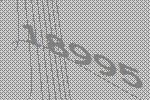
18995